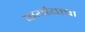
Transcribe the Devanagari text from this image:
पार्यायाचा